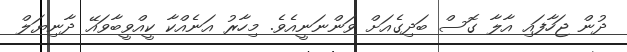
ދުން ޖަހާފައި އާލާ ގޮސް ބަދިގެއަށް ވަންނަނީއެވެ. މިހާރު އަނެއްކާ ކީއްވީބާވައޭ ދާނިޔަލް